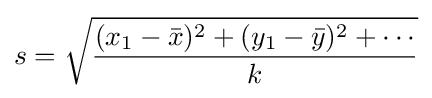
s={\sqrt {{(x_{1}-{\bar {x}})^{2}+(y_{1}-{\bar {y}})^{2}+\cdots } \over k}}